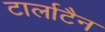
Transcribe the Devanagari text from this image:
टार्लाटैन